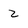
Character: z